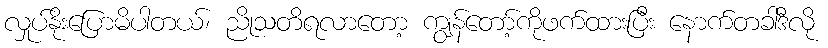
လှုပ်နိုးပြောမိပါတယ်၊ ညိုသတိရလာတော့ ကျွန်တော့်ကိုဖက်ထားပြီး နောက်တခါဒီလို